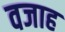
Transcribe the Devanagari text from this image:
वजाह